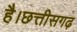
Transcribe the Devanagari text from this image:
है।छत्तीसगढ़